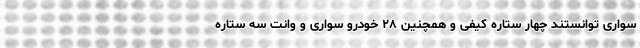
سواری توانستند چهار ستاره کیفی و همچنین ۲۸ خودرو سواری و وانت سه ستاره